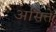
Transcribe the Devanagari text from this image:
असितें